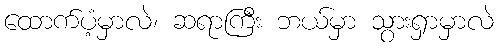
ထောက်ပံ့မှာလဲ၊ ဆရာကြီး ဘယ်မှာ သွားရှာမှာလဲ